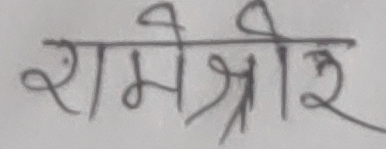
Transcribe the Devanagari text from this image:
रामश्रेइ